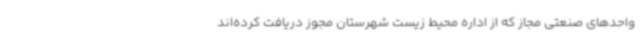
واحدهای صنعتی مجاز که از اداره محیط زیست شهرستان مجوز دریافت کرده‌اند